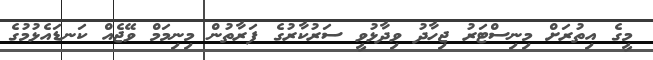
މީގެ އިތުރަށް މިނިސްޓަރު ޖިހާދު ވިދާޅުވީ ސަރުކާރުގެ ފަރާތުން މިނިމަމް ވޭޖެއް ކަނޑައެޅުމުގެ